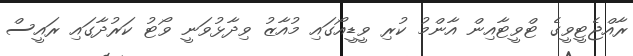
ރާއްޖެޓީވީގެ ޓްވީޓާއިން އާންމު ކުރި ވީޑީއޯގައި މުއާޒު ވިދާޅުވަނީ ވޯޓު ކަރުދާގައި ރައީސް